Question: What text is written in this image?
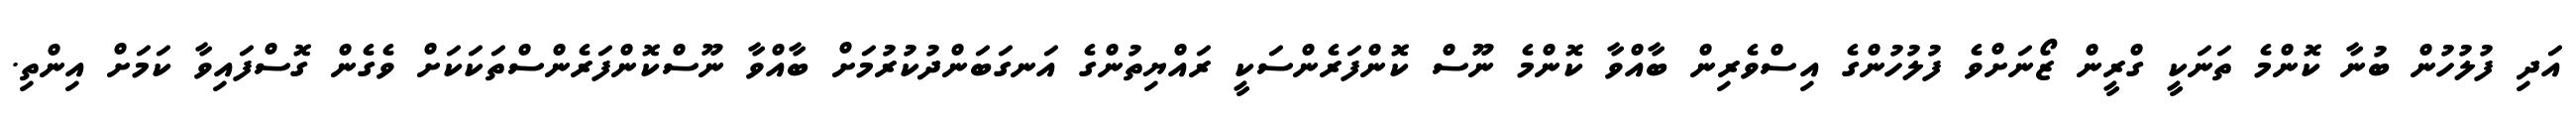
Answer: އަދި ފުލުހުން ބުނާ ކޮންމެ ތަނަކީ ގްރީން ޒޯނަށްވެ ފުލުހުންގެ އިސްވެރިން ބާއްވާ ކޮންމެ ނޫސް ކޮންފަރެންސަކީ ރައްޔިތުންގެ އަނގަބަންދުކުރުމަށް ބާއްވާ ނޫސްކޮންފަރެންސްތަކަކަށް ވެގެން ގޮސްފައިވާ ކަމަށް އިންތި.